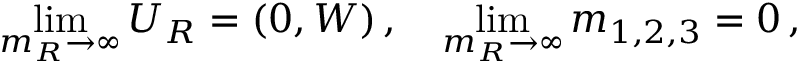
\operatorname * { l i m } _ { m _ { R } \to \infty } U _ { R } = ( 0 , W ) \, , \quad \operatorname * { l i m } _ { m _ { R } \to \infty } m _ { 1 , 2 , 3 } = 0 \, ,